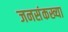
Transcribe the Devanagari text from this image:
जनसंकख्या